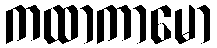
ကထာကာမော